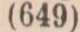
(649)